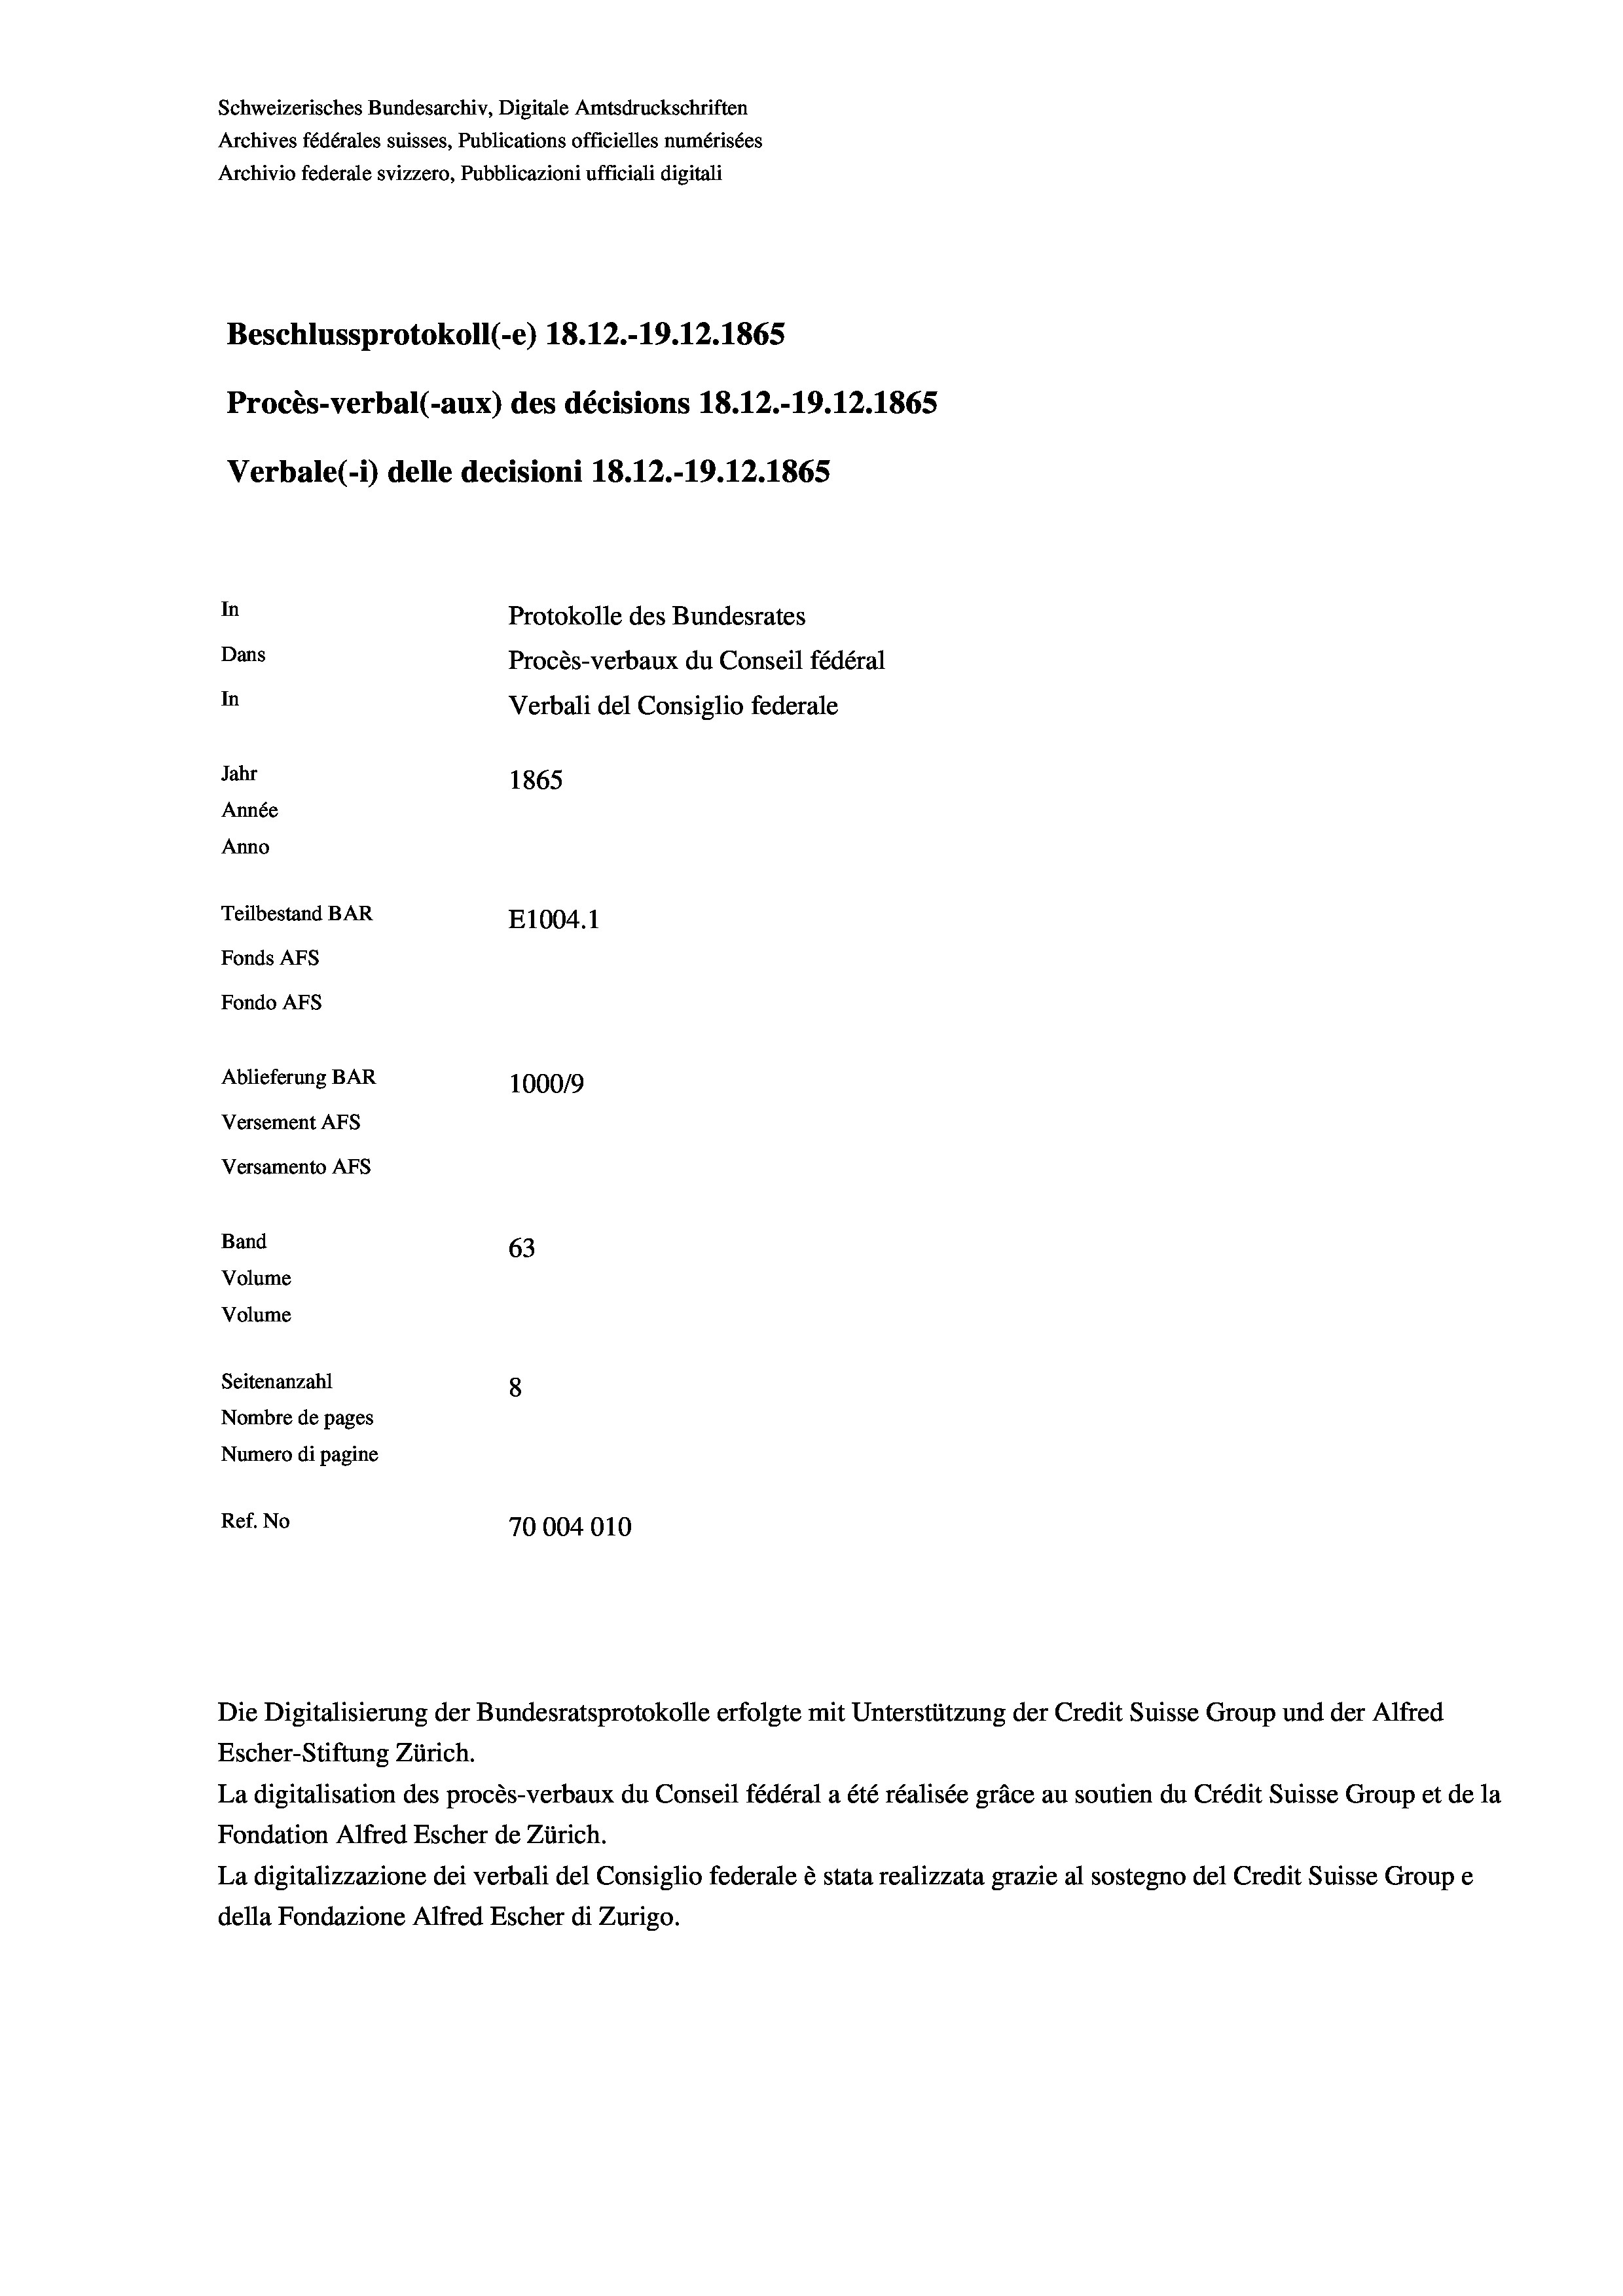
Schweizerisches Bundesarchiv, Digitale Amtsdruckschriften
Archives fédérales suisses, Publications officielles numérisées
Archivio federale svizzero, Pubblicazioni ufficiali digitali
Beschlussprotokoll (-e) 18.12.-19.12.1865
Procès-verbal (-aux) des décisions 18. 12.-19.12.1865
Verbale(*) delle decisioni 18. 12.-19.12.1865
In
Protokolle des Bundesrates
Dans
Procès-verbaux du Conseil fédéral
In
Verbali del Consiglio federale
Jahr
1865
Année
Anno
Teilbestand BAR
E1004.1
Fonds AFs
Fondo AFs
Ablieferung BAR
100019
Versement AFs
Versamento AFs
Band
63
Volume
Volume
Seitenanzahl
8
Nombre de pages
Numero di pagine
Ref. No
70004010

Escher-Stiftung Zürich.
La digitalisation des procès-verbaux du Conseil fédéral a été réalisée gräce au soutien du Crédit Suisse Group et de la
Fondation Alfred Escher de Zürich.
La digitalizzazione dei verbali del Consiglio federale è stata realizzata grazie al sostegno del Credit Suisse Groupe
della Fondazione Alfred Escher di Zurigo.

Die Digitalisierung der Bundesratsprotokolle erfolgte mit Unterstützung der Credit Suisse Group und der Alfred